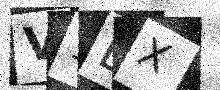
Text: V1EX